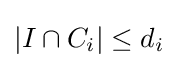
|I\cap C_{i}|\leq d_{i}